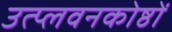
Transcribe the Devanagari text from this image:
उत्प्लवनकोष्ठों